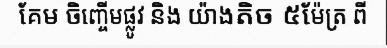
គែម ចិញ្ចើមផ្លូវ និង យ៉ាងតិច ៥ម៉ែត្រ ពី